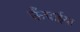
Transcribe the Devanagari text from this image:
ऊँचाईया